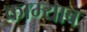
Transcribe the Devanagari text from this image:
काम्याब